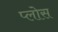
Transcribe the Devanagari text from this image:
प्लोस